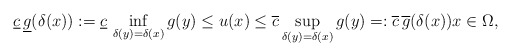
\begin{align*}\underline{c}\,\underline{g}(\delta(x)):=\underline{c}\,\inf_{\delta(y)=\delta(x)}g(y)\leq u(x)\leq \overline{c}\sup_{\delta(y)=\delta(x)}g(y)=:\overline{c}\,\overline{g}(\delta(x))x\in\Omega,\end{align*}